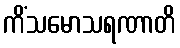
ကိံသမောသရဏာတိ